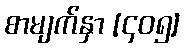
စာမျက်နှာ [၄၀၅]